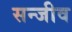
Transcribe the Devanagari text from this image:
सन्जीव